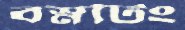
বস্নটিং